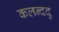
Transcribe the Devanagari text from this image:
कलन्ददु